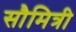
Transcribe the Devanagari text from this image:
सौमित्री